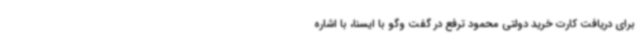
برای دریافت کارت خرید دولتی محمود ترفع در گفت وگو با ایسنا، با اشاره